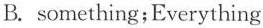
B. something;Everything